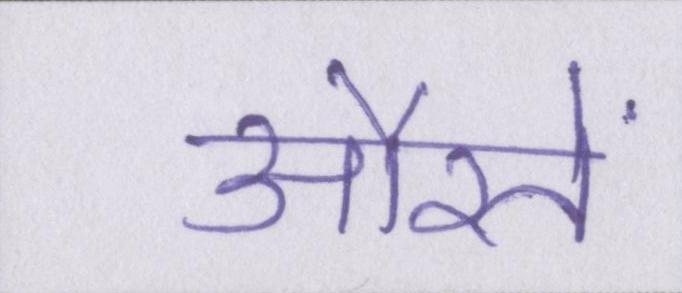
औरतें